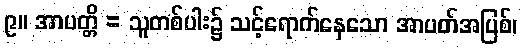
၉။ အာပတ္တိ = သူတစ်ပါး၌ သင့်ရောက်နေသော အာပတ်အပြစ်၊